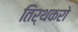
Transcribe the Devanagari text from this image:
तिर्थकरो